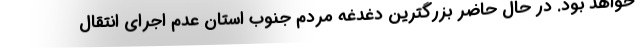
خواهد بود. در حال حاضر بزرگترین دغدغه مردم جنوب استان عدم اجرای انتقال